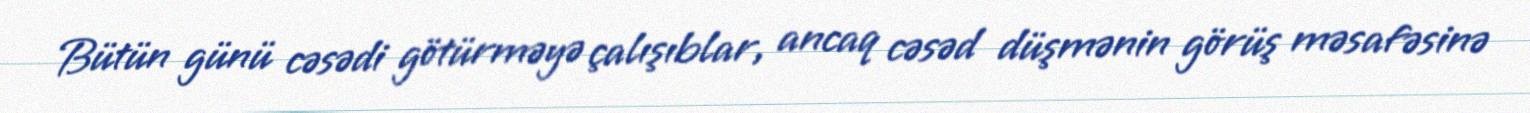
Bütün günü cəsədi götürməyə çalışıblar, ancaq cəsəd düşmənin görüş məsafəsinə